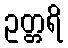
ဥတ္တရိ